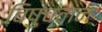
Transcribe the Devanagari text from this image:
विषुचलन